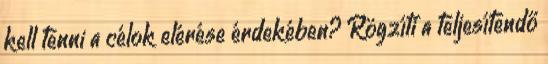
kell tenni a célok elérése érdekében? Rögzíti a teljesítendő